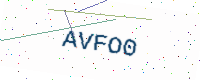
Text: AVFO0